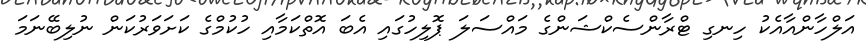
އަލްހާންއާއެކު ހިނގި ޓްރާންސެކްޝަންގެ މައްސަލަ ޕޮލިހުގައި އެބަ އޮތްކަމާއި ހުކުމްގެ ކަށަވަރުކަން ނުލިބޭނަމަ